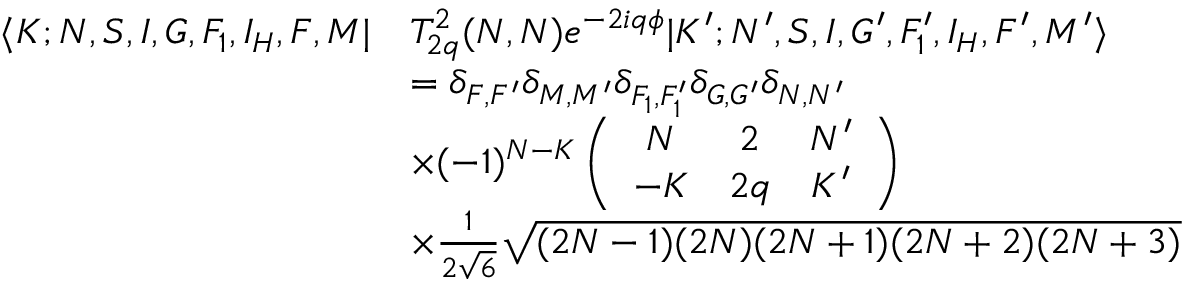
\begin{array} { r l } { \langle K ; N , S , I , G , F _ { 1 } , I _ { H } , F , M | } & { T _ { 2 q } ^ { 2 } ( N , N ) e ^ { - 2 i q \phi } | K ^ { \prime } ; N ^ { \prime } , S , I , G ^ { \prime } , F _ { 1 } ^ { \prime } , I _ { H } , F ^ { \prime } , M ^ { \prime } \rangle } \\ & { = \delta _ { F , F ^ { \prime } } \delta _ { M , M ^ { \prime } } \delta _ { F _ { 1 } , F _ { 1 } ^ { \prime } } \delta _ { G , G ^ { \prime } } \delta _ { N , N ^ { \prime } } } \\ & { \times ( - 1 ) ^ { N - K } \left( \begin{array} { c c c } { N } & { 2 } & { N ^ { \prime } } \\ { - K } & { 2 q } & { K ^ { \prime } } \end{array} \right) } \\ & { \times \frac { 1 } { 2 \sqrt { 6 } } \sqrt { ( 2 N - 1 ) ( 2 N ) ( 2 N + 1 ) ( 2 N + 2 ) ( 2 N + 3 ) } } \end{array}